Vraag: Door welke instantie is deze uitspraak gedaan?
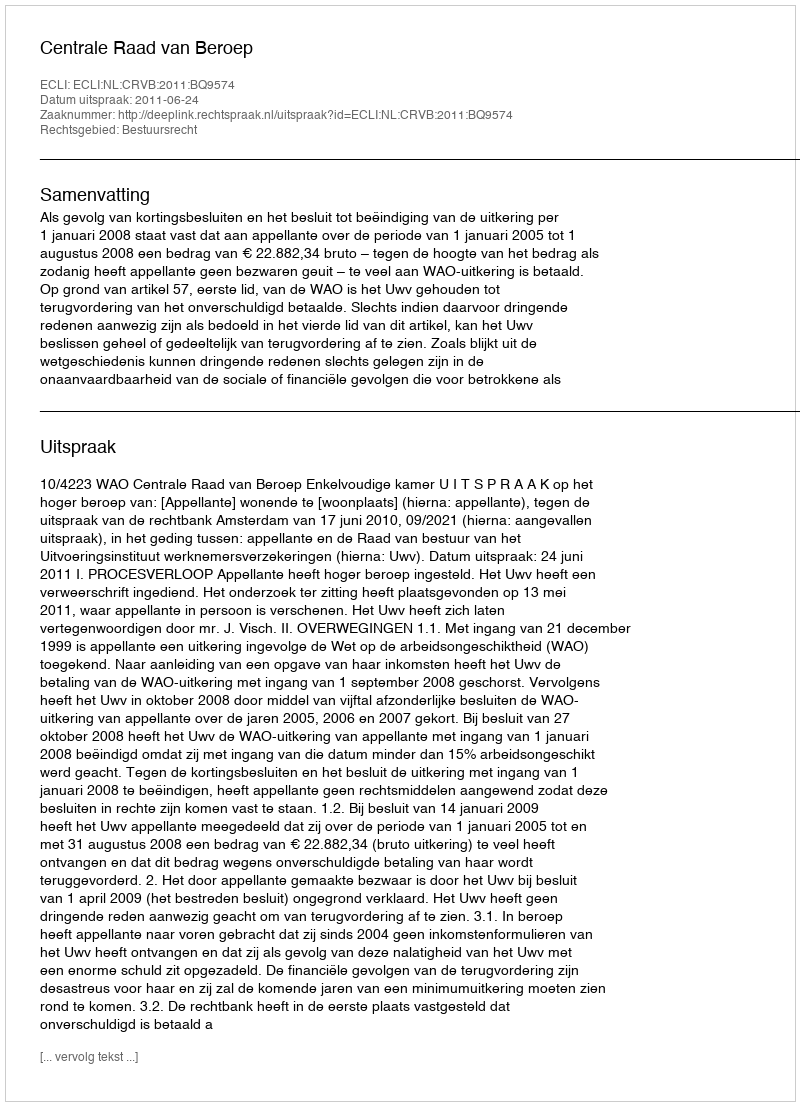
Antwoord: Centrale Raad van Beroep